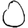
Digit: 0